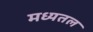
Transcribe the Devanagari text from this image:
मध्यतल